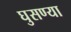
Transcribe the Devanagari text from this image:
घुसण्या